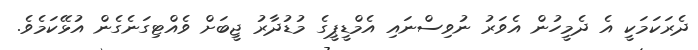
ދެރަކަމަކީ އެ ދެމީހުން އެވަރު ނުވިސްނައި އެމްޑީޕީގެ މުޑުދާރު ޖީބަށް ވެއްޓިގަނެގެން އުޅޭކަމެވެ.